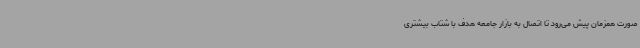
صورت همزمان پیش می‌رود تا اتصال به بازار جامعه هدف با شتاب بیشتری